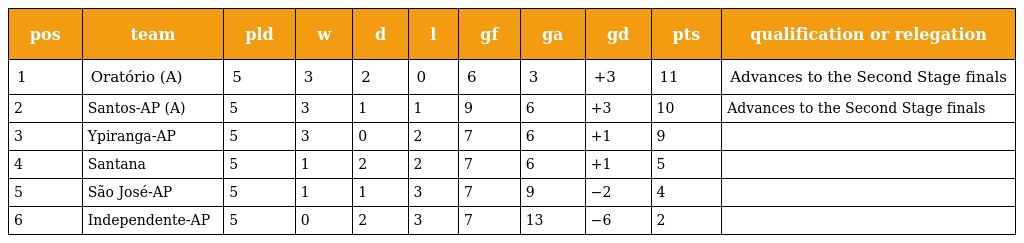
| pos | team | pld | w | d | l | gf | ga | gd | pts | qualification or relegation |
 | --- | --- | --- | --- | --- | --- | --- | --- | --- | --- | --- |
 | 1 | Oratório (A) | 5 | 3 | 2 | 0 | 6 | 3 | +3 | 11 | Advances to the Second Stage finals |
 | 2 | Santos-AP (A) | 5 | 3 | 1 | 1 | 9 | 6 | +3 | 10 | Advances to the Second Stage finals |
 | 3 | Ypiranga-AP | 5 | 3 | 0 | 2 | 7 | 6 | +1 | 9 |  |
 | 4 | Santana | 5 | 1 | 2 | 2 | 7 | 6 | +1 | 5 |  |
 | 5 | São José-AP | 5 | 1 | 1 | 3 | 7 | 9 | −2 | 4 |  |
 | 6 | Independente-AP | 5 | 0 | 2 | 3 | 7 | 13 | −6 | 2 |  |